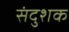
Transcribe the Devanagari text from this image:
संदुशक